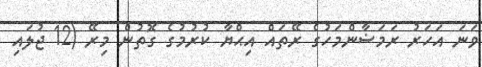
ވަނަ އަހަރު ރަމަޟާންމަހުގެ ރޭތައް އިޙްޔާ ކުރުމުގެ ގޮތުން މިރޭ (12 ޖުލައި